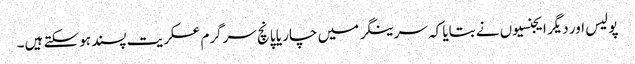
پولیس اور دیگر ایجنسیوں نے بتایا کہ سرینگر میں چار یا پانچ سرگرم عسکریت پسند ہوسکتے ہیں۔